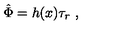
\hat { \Phi } = h ( x ) \tau _ { r } \ ,